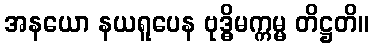
အနယော နယရူပေန ဗုဒ္ဓိမက္ကမ္မ တိဋ္ဌတိ။